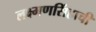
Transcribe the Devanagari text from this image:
लक्ष्मणसिंहाची